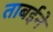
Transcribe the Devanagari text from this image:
ताबईने